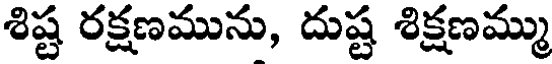
శిష్ట రక్షణమును, దుష్ట శిక్షణమ్ము